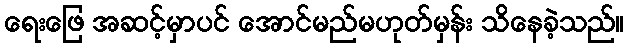
ရေးဖြေ အဆင့်မှာပင် အောင်မည်မဟုတ်မှန်း သိနေခဲ့သည်။